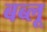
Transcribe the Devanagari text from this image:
बब्लू